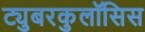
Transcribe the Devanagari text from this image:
ट्युबरकुलॉसिस